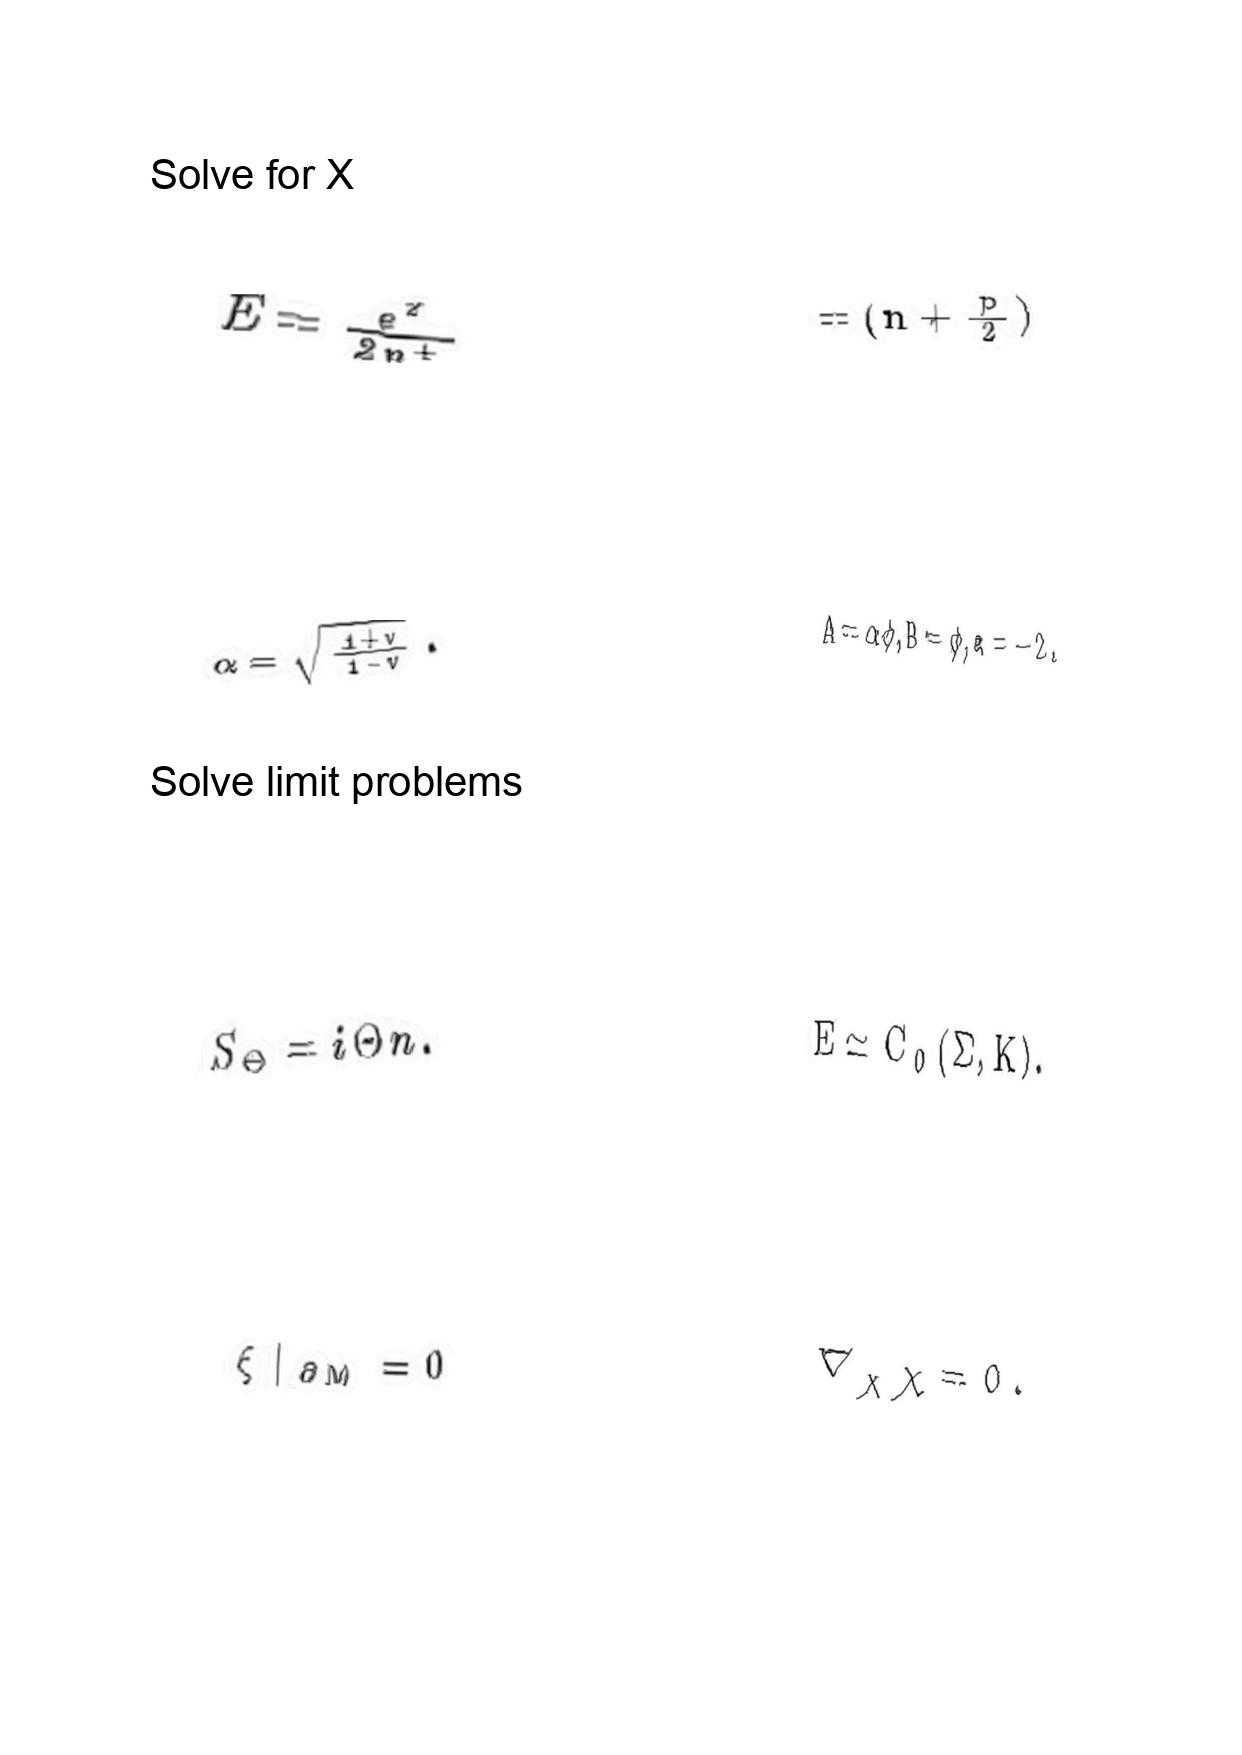
LaTeX transcription:
E = \frac { e ^ { 2 } } { 2 p ^ { + } }
\alpha = \sqrt { \frac { 1 + v } { 1 - v } } .
S _ { \Theta } = i \Theta n .
\xi \vert _ { \partial M } = 0
= \lparen n + \frac { p } { 2 } \rparen
A = \alpha \phi , B = \phi , a = - 2 .
E \simeq C _ { 0 } \lparen \Sigma , K \rparen .
\nabla _ { \chi } \chi = 0 .